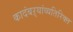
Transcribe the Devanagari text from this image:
कादंबऱ्यांव्यतिरिक्त